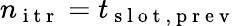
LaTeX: n_{\mathrm{~i~t~r~}}=t_{\mathrm{~s~l~o~t~,~p~r~e~v~}}